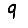
Digit: 9